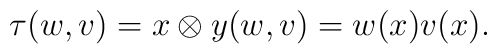
\tau(w,v)={x\otimes y}(w,v)=w(x)v(x).